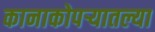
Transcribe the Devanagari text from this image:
कानाकोपर्‍यातल्या